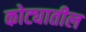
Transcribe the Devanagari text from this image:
कोट्यातील